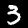
Digit: 3